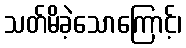
သတ်မိခဲ့သောကြောင့်၊